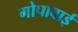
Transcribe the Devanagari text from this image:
गोपाबाई